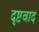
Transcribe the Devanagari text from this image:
दृष्टवाद